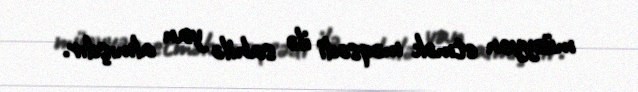
müəyyən etmək məqsədi ilə sahilə yan almışdır.